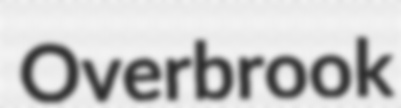
Overbrook